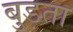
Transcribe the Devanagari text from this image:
बुडता